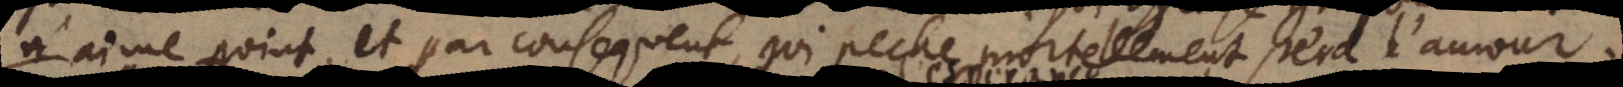
n’aime point, et par consequent qui peche mortellement perd l’amour.